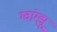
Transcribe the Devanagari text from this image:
ग्वांग्झू